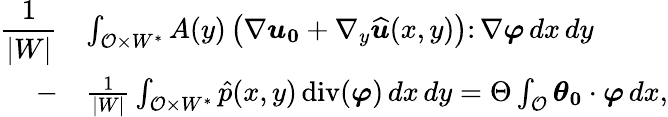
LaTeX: \begin{array}{rl}{\displaystyle\frac{1}{|W|}}&{\int_{{\mathcal{O}}\times W^{*}}A(y)\left(\nabla\boldsymbol{u_{0}}+\nabla_{y}\widehat{\boldsymbol u}(x,y)\right)\colon\nabla\boldsymbol\varphi\, dx\, dy}\\ {-\displaystyle}&{\frac{1}{|W|}\int_{{\mathcal{O}}\times W^{*}}\hat{p}(x,y)\operatorname{div}(\boldsymbol\varphi)\, dx\, dy=\Theta\int_{{\mathcal{O}}}\boldsymbol{\boldsymbol{\theta}_{0}}\cdot\boldsymbol\varphi\, dx,}\end{array}